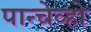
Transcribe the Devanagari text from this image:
पान्चेव्हो